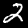
Label: 2